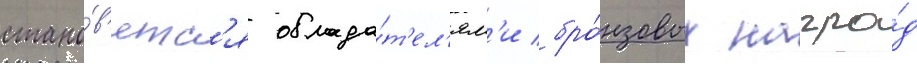
стано́в'ятс'я облада́т'ел'ям'и бро́нзовых награ́д